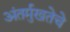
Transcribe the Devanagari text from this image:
अंतर्मुखतेचे